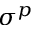
\sigma ^ { p }